Civil Veterinary Department. United Provinces 1932-42 - 1932-1942
Year: 1932
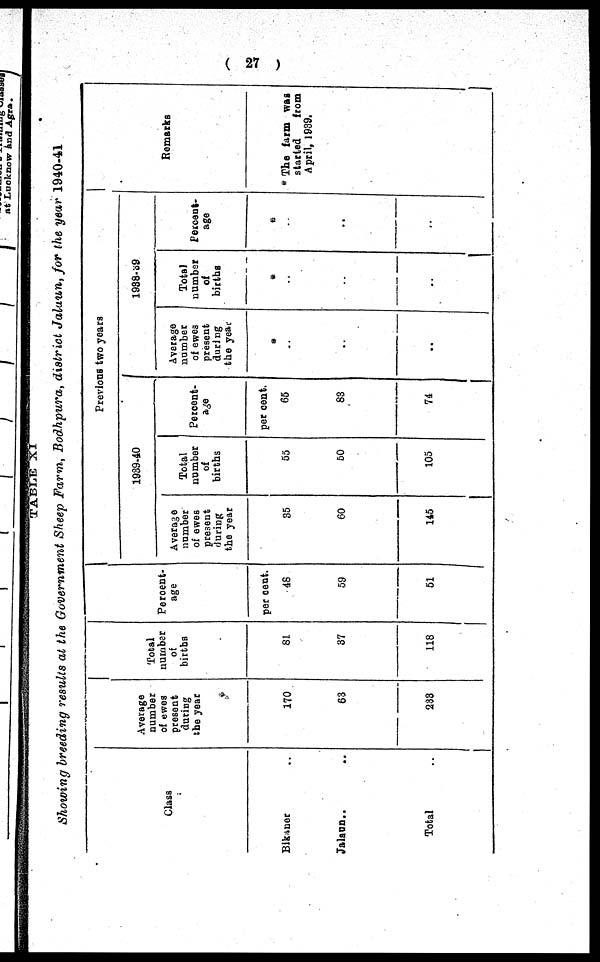
(27)
TABLE XI
Showing breeding results at the Government Sheep Farm, Bodhpura, district Jalaun, for the year 1940-41
Class
Bikner
Jalaun..
Total ..
Average
number
of ewes
present
during
the year
170
63
233
Total
number
of
births
81
37
118
Percent-
age
per cent.
48
59
51
Previous two years
1939-40
Average
number
of ewes
present
during
the year
35
60
145
Total
number
of
births
55
50
105
Percent-
age
per cent.
65
83
74
l938-39
Average
number
of ewes
present
during
the years
*
..
..
..
Total
number
of
births
*
..
..
..
Percent-
age
*
..
..
..
Remarks
*The farm was
started
from
April, 1939.